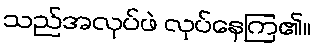
သည်အလုပ်ဖဲ လုပ်နေကြ၏။